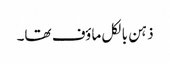
ذہن بالکل ماؤف تھا۔